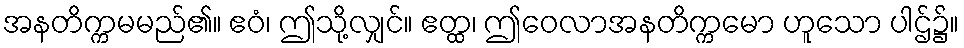
အနတိက္ကမမည်၏။ ဧဝံ၊ ဤသို့လျှင်။ ဧတ္ထ၊ ဤဝေလာအနတိက္ကမော ဟူသော ပါဌ်၌။